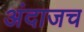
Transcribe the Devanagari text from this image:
अंदाजच